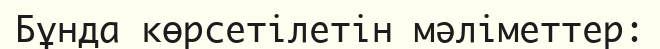
Бұнда көрсетілетін мәліметтер: